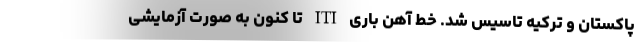
پاکستان و ترکیه تاسیس شد. خط آهن باری ITI تا کنون به صورت آزمایشی